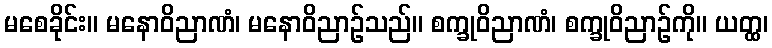
မစေခိုင်း။ မနောဝိညာဏံ၊ မနောဝိညာဉ်သည်။ စက္ခုဝိညာဏံ၊ စက္ခုဝိညာဉ်ကို။ ယတ္ထ၊